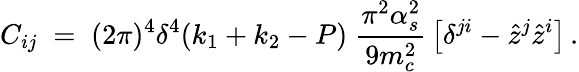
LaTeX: C_{ij}\; =\; (2\pi)^{4}\delta^{4}(k_{1}+k_{2}-P)\; {\frac{\pi^{2}\alpha_{s}^{2}}{9m_{c}^{2}}}\left[\delta^{ji}-{\hat{z}}^{j}{\hat{z}}^{i}\right]\, .